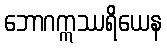
ဘောဂဣဿရိယေန